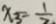
x _ { 3 } = \frac { 1 } { 2 }